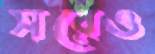
সরেও